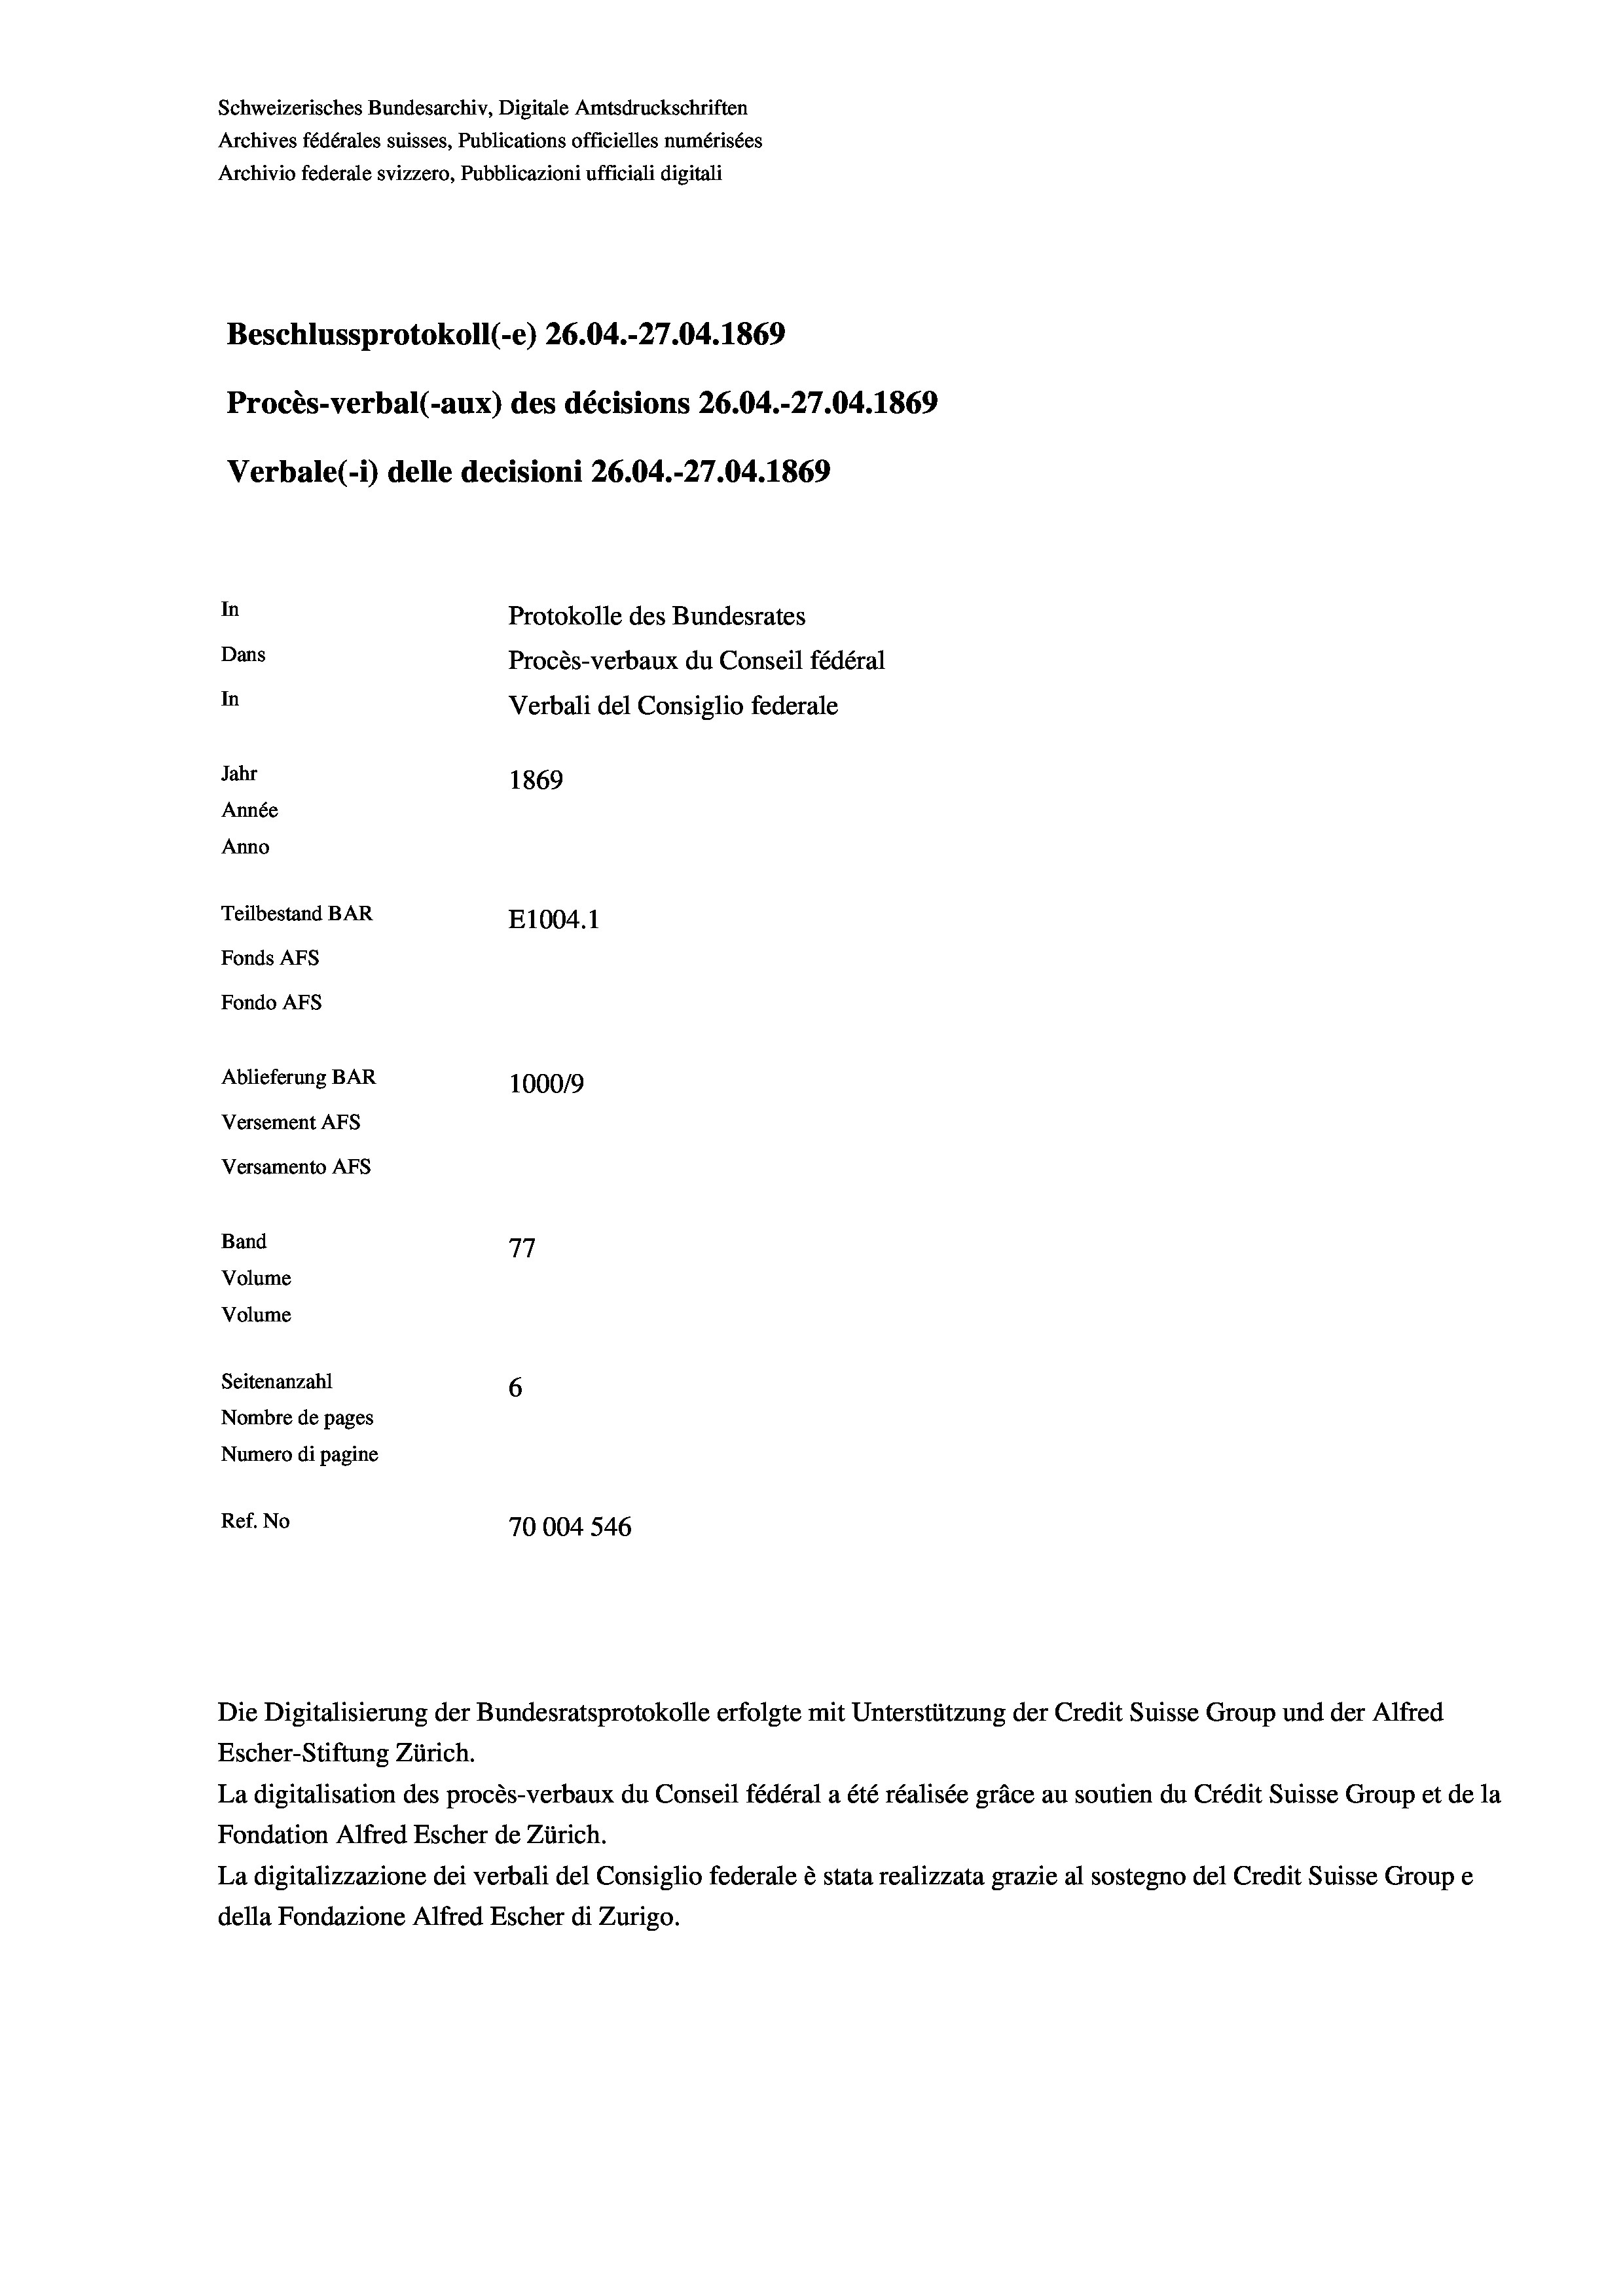
Schweizerisches Bundesarchiv, Digitale Amtsdruckschriften
Archives fédérales suisses, Publications officielles numérisées
Archivio federale svizzero, Pubblicazioni ufficiali digitali
Beschlussprotokoll (-e) 26.04.-27.04. 1869
Procès-verbal (-aux) des décisions 26.04.-27.04. 1869
Verbale (- 1) delle decisioni 26.04.-27.04. 1869
In
Protokolle des Bundesrates
Dans
Procès-verbaux du Conseil fédéral
In
Verbali del Consiglio federale
Jahr
1869
Année
Anno
Teilbestand BAR
E1004.1
Fonds AFs
Fondo AFS
Ablieferung BAR
100019
Versement Ans
Versamento Afs
Band
77
Volume
Volume
Seitenanzahl
6
Nombre de pages
Numero di pagine
Ref. No
70004 546

La digitalisation des procès-verbaux du Conseil fédéral a été réalisée gräce au soutien du Crédit Suisse Group et de la
Fondation Alfred Escher de Zürich.
La digitalizzazione dei verbali del Consiglio federale è stata realizzata grazie al sostegno del Credit Suisse Groupe
della Fondazione Alfred Escher di Zurigo.

Die Digitalisierung der Bundesratsprotokolle erfolgte mit Unterstützung der Credit Suisse Group und der Alfred
Escher-Stiftung Zürich.